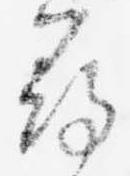
尋